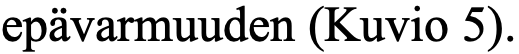
epävarmuuden (Kuvio 5).